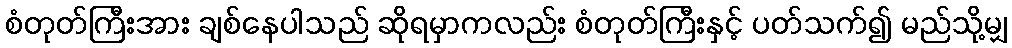
စံတုတ်ကြီးအား ချစ်နေပါသည် ဆိုရမှာကလည်း စံတုတ်ကြီးနှင့် ပတ်သက်၍ မည်သို့မျှ